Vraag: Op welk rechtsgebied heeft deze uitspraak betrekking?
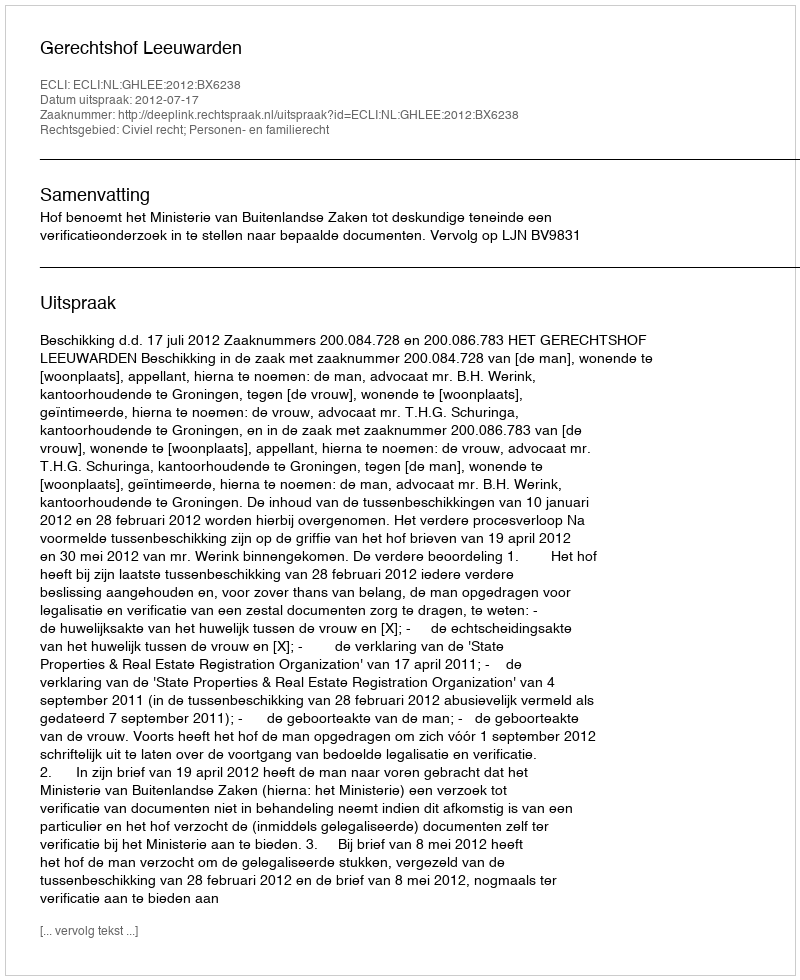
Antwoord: Civiel recht; Personen- en familierecht